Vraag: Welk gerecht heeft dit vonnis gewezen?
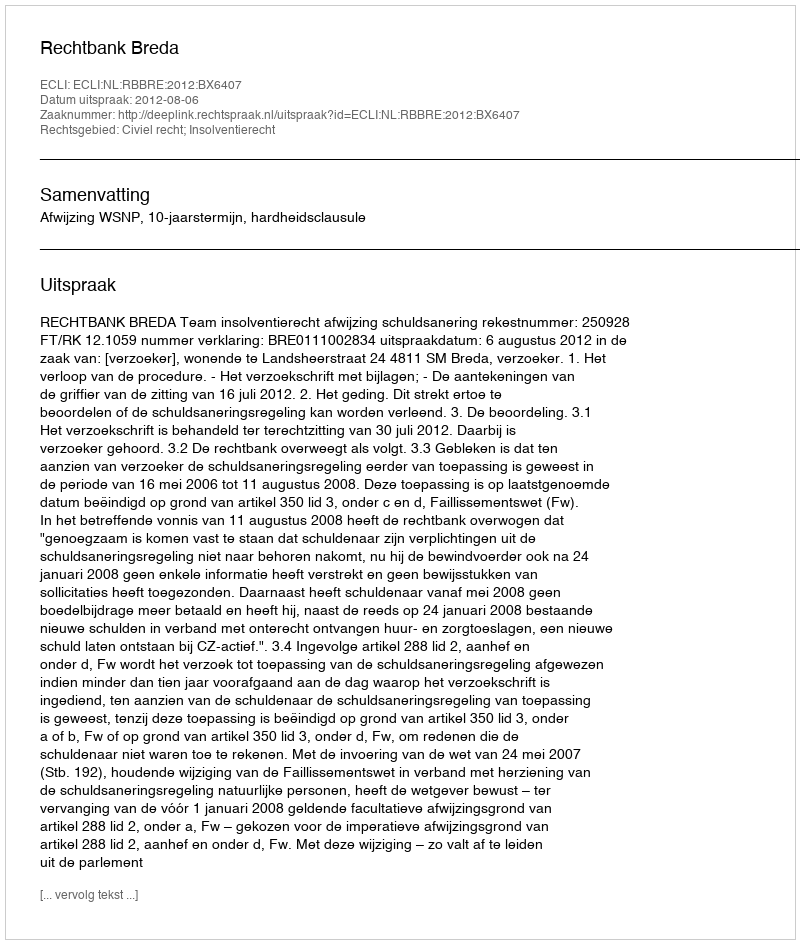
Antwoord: Rechtbank Breda